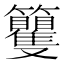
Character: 籰